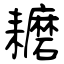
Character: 耱